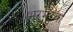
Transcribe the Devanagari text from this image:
भरभरवा